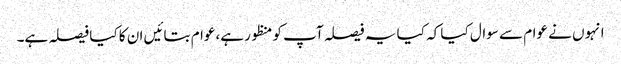
انہوں نے عوام سے سوال کیا کہ کیا یہ فیصلہ آپ کو منظور ہے،عوام بتائیں ان کا کیا فیصلہ ہے۔